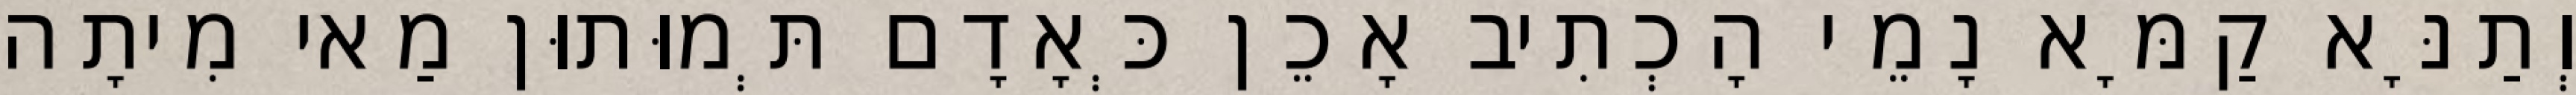
וְתַנָּא קַמָּא נָמֵי הָכְתִיב אָכֵן כְּאָדָם תְּמוּתוּן מַאי מִיתָה